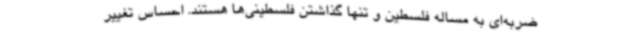
ضربه‌ای به مساله فلسطین و تنها گذاشتن فلسطینی‌ها هستند. احساس تغییر